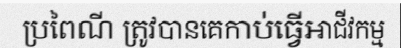
ប្រពៃណី ត្រូវបានគេកាប់ធ្វើអាជីវកម្ម